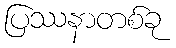
ပြဿနာတစ်ခု